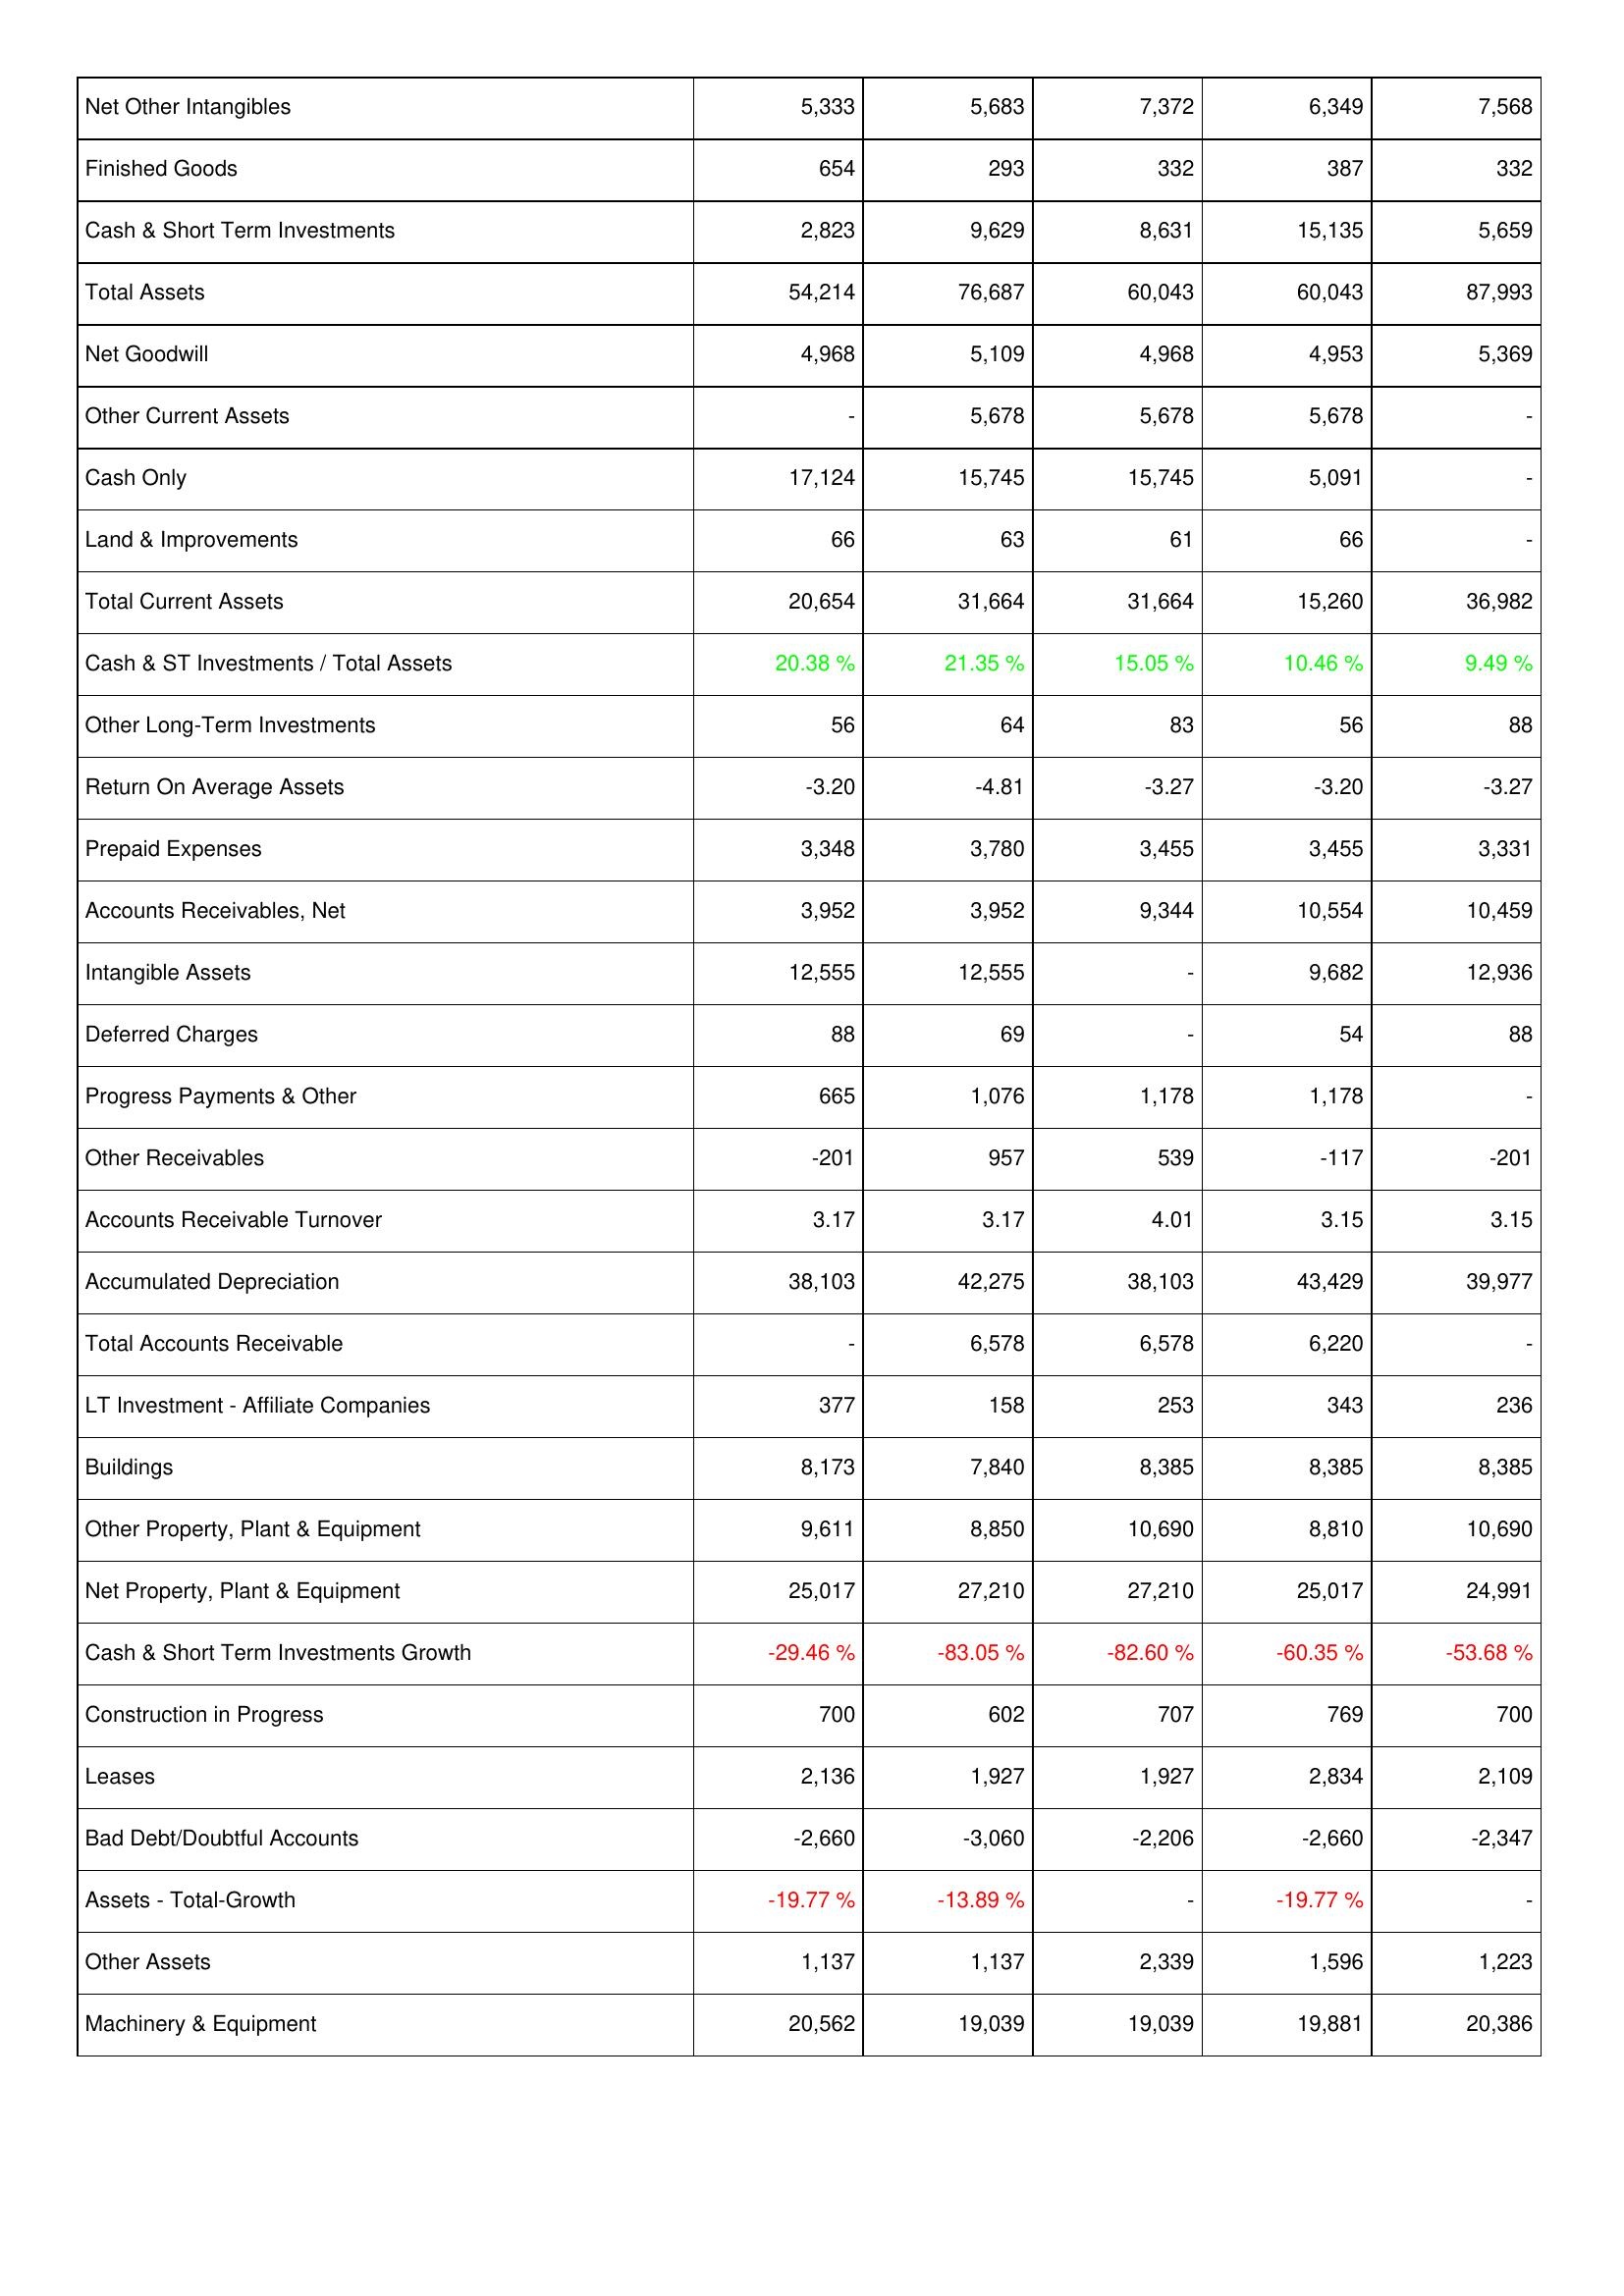
2024: Assets: Net Other Intangibles: 5,333
Finished Goods: 654
Cash & Short Term Investments: 2,823
Total Assets: 54,214
Net Goodwill: 4,968
Other Current Assets: -
Cash Only: 17,124
Land & Improvements: 66
Total Current Assets: 20,654
Cash & ST Investments / Total Assets: 20.38 %
Other Long-Term Investments: 56
Return On Average Assets: -3.20
Prepaid Expenses: 3,348
Accounts Receivables, Net: 3,952
Intangible Assets: 12,555
Deferred Charges: 88
Progress Payments & Other: 665
Other Receivables: -201
Accounts Receivable Turnover: 3.17
Accumulated Depreciation: 38,103
Total Accounts Receivable: -
LT Investment - Affiliate Companies: 377
Buildings: 8,173
Other Property, Plant & Equipment: 9,611
Net Property, Plant & Equipment: 25,017
Cash & Short Term Investments Growth: -29.46 %
Construction in Progress: 700
Leases: 2,136
Bad Debt/Doubtful Accounts: -2,660
Assets - Total-Growth: -19.77 %
Other Assets: 1,137
Machinery & Equipment: 20,562
2023: Assets: Net Other Intangibles: 5,683
Finished Goods: 293
Cash & Short Term Investments: 9,629
Total Assets: 76,687
Net Goodwill: 5,109
Other Current Assets: 5,678
Cash Only: 15,745
Land & Improvements: 63
Total Current Assets: 31,664
Cash & ST Investments / Total Assets: 21.35 %
Other Long-Term Investments: 64
Return On Average Assets: -4.81
Prepaid Expenses: 3,780
Accounts Receivables, Net: 3,952
Intangible Assets: 12,555
Deferred Charges: 69
Progress Payments & Other: 1,076
Other Receivables: 957
Accounts Receivable Turnover: 3.17
Accumulated Depreciation: 42,275
Total Accounts Receivable: 6,578
LT Investment - Affiliate Companies: 158
Buildings: 7,840
Other Property, Plant & Equipment: 8,850
Net Property, Plant & Equipment: 27,210
Cash & Short Term Investments Growth: -83.05 %
Construction in Progress: 602
Leases: 1,927
Bad Debt/Doubtful Accounts: -3,060
Assets - Total-Growth: -13.89 %
Other Assets: 1,137
Machinery & Equipment: 19,039
2022: Assets: Net Other Intangibles: 7,372
Finished Goods: 332
Cash & Short Term Investments: 8,631
Total Assets: 60,043
Net Goodwill: 4,968
Other Current Assets: 5,678
Cash Only: 15,745
Land & Improvements: 61
Total Current Assets: 31,664
Cash & ST Investments / Total Assets: 15.05 %
Other Long-Term Investments: 83
Return On Average Assets: -3.27
Prepaid Expenses: 3,455
Accounts Receivables, Net: 9,344
Intangible Assets: -
Deferred Charges: -
Progress Payments & Other: 1,178
Other Receivables: 539
Accounts Receivable Turnover: 4.01
Accumulated Depreciation: 38,103
Total Accounts Receivable: 6,578
LT Investment - Affiliate Companies: 253
Buildings: 8,385
Other Property, Plant & Equipment: 10,690
Net Property, Plant & Equipment: 27,210
Cash & Short Term Investments Growth: -82.60 %
Construction in Progress: 707
Leases: 1,927
Bad Debt/Doubtful Accounts: -2,206
Assets - Total-Growth: -
Other Assets: 2,339
Machinery & Equipment: 19,039
2021: Assets: Net Other Intangibles: 6,349
Finished Goods: 387
Cash & Short Term Investments: 15,135
Total Assets: 60,043
Net Goodwill: 4,953
Other Current Assets: 5,678
Cash Only: 5,091
Land & Improvements: 66
Total Current Assets: 15,260
Cash & ST Investments / Total Assets: 10.46 %
Other Long-Term Investments: 56
Return On Average Assets: -3.20
Prepaid Expenses: 3,455
Accounts Receivables, Net: 10,554
Intangible Assets: 9,682
Deferred Charges: 54
Progress Payments & Other: 1,178
Other Receivables: -117
Accounts Receivable Turnover: 3.15
Accumulated Depreciation: 43,429
Total Accounts Receivable: 6,220
LT Investment - Affiliate Companies: 343
Buildings: 8,385
Other Property, Plant & Equipment: 8,810
Net Property, Plant & Equipment: 25,017
Cash & Short Term Investments Growth: -60.35 %
Construction in Progress: 769
Leases: 2,834
Bad Debt/Doubtful Accounts: -2,660
Assets - Total-Growth: -19.77 %
Other Assets: 1,596
Machinery & Equipment: 19,881
2020: Assets: Net Other Intangibles: 7,568
Finished Goods: 332
Cash & Short Term Investments: 5,659
Total Assets: 87,993
Net Goodwill: 5,369
Other Current Assets: -
Cash Only: -
Land & Improvements: -
Total Current Assets: 36,982
Cash & ST Investments / Total Assets: 9.49 %
Other Long-Term Investments: 88
Return On Average Assets: -3.27
Prepaid Expenses: 3,331
Accounts Receivables, Net: 10,459
Intangible Assets: 12,936
Deferred Charges: 88
Progress Payments & Other: -
Other Receivables: -201
Accounts Receivable Turnover: 3.15
Accumulated Depreciation: 39,977
Total Accounts Receivable: -
LT Investment - Affiliate Companies: 236
Buildings: 8,385
Other Property, Plant & Equipment: 10,690
Net Property, Plant & Equipment: 24,991
Cash & Short Term Investments Growth: -53.68 %
Construction in Progress: 700
Leases: 2,109
Bad Debt/Doubtful Accounts: -2,347
Assets - Total-Growth: -
Other Assets: 1,223
Machinery & Equipment: 20,386